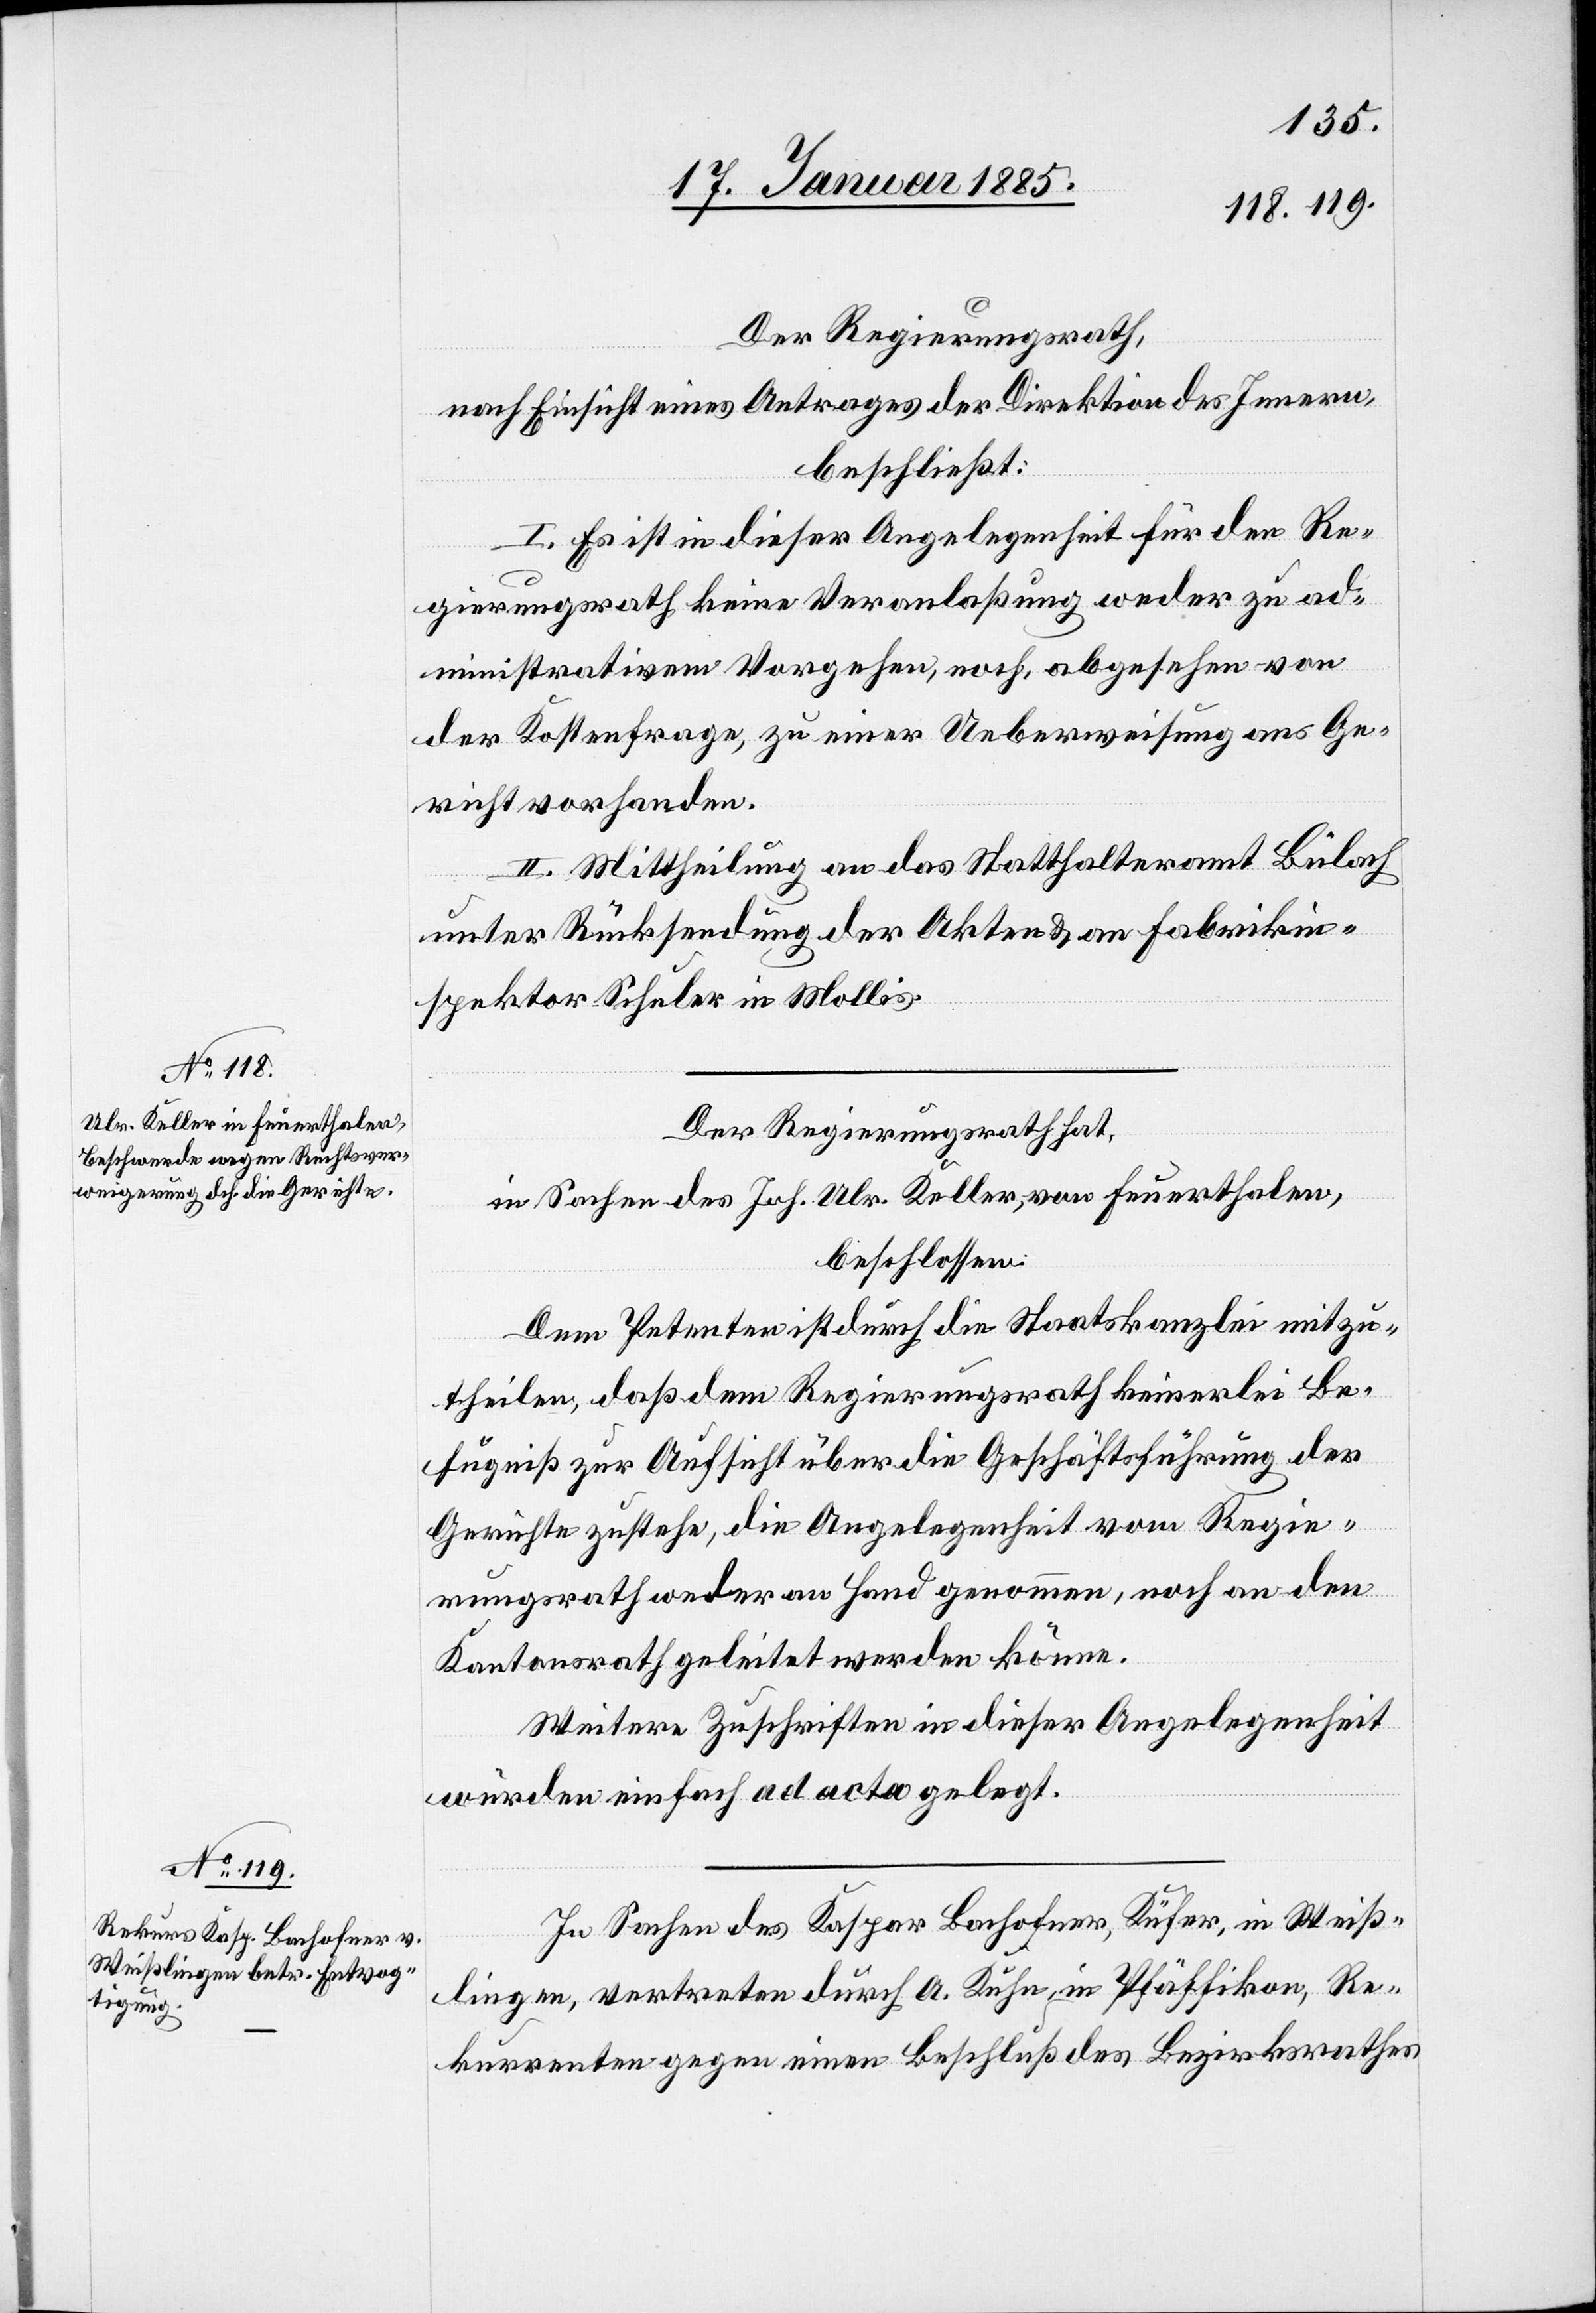
Der Regierungsrath,
nach Einsicht eines Antrages der Direktion des Innern,
beschließt:
I. Es ist in dieser Angelegenheit für den Re¬
gierungsrath keine Veranlaßung weder zu ad¬
ministrativem Vorgehen, noch, abgesehen von
der Kostenfrage, zu einer Ueberweisung ans Ge¬
richt vorhanden.
II. Mittheilung an das Statthalteramt Bülach
unter Rücksendung der Akten & an Fabrikin¬
spektor Schuler in Mollis.
Der Regierungsrath hat,
in Sachen des Joh. Ulr. Keller, von Feuerthalen,
beschlossen:
Dem Petenten ist durch die Staatskanzlei mitzu¬
theilen, daß dem Regierungsrath keinerlei Be¬
fugniß zur Aufsicht über die Geschäftsführung der
Gerichte zustehe, die Angelegenheit vom Regie¬
rungsrath weder an Hand genommen, noch an den
Kantonsrath geleitet werden könne.
Weitere Zuschriften in dieser Angelegenheit
würden einfach ad acta gelegt.
In Sachen des Kaspar Bachofner, Küfer, in Weiß¬
lingen, vertreten durch A. Kuhn, in Pfäffikon, Re¬
kurrenten gegen einen Beschluß des Bezirksrathes